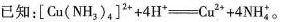
已知：$$[ C u ( N H _ { 3 } ) _ { 4 } ] ^ { 2 + } + 4 H \xlongequal [ ] { } C u + 4 N H _ { 4 }$$。